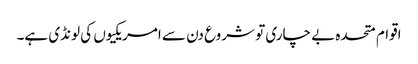
اقوام متحدہ بے چاری تو شروع دن سے امریکیوں کی لونڈی ہے۔